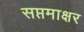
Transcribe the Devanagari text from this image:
सप्तमाक्षर